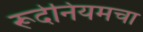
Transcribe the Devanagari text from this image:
रूदेनियमचा